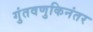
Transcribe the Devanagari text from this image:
गुंतवणुकिनंतर